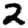
Digit: 2